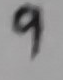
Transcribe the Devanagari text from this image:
९